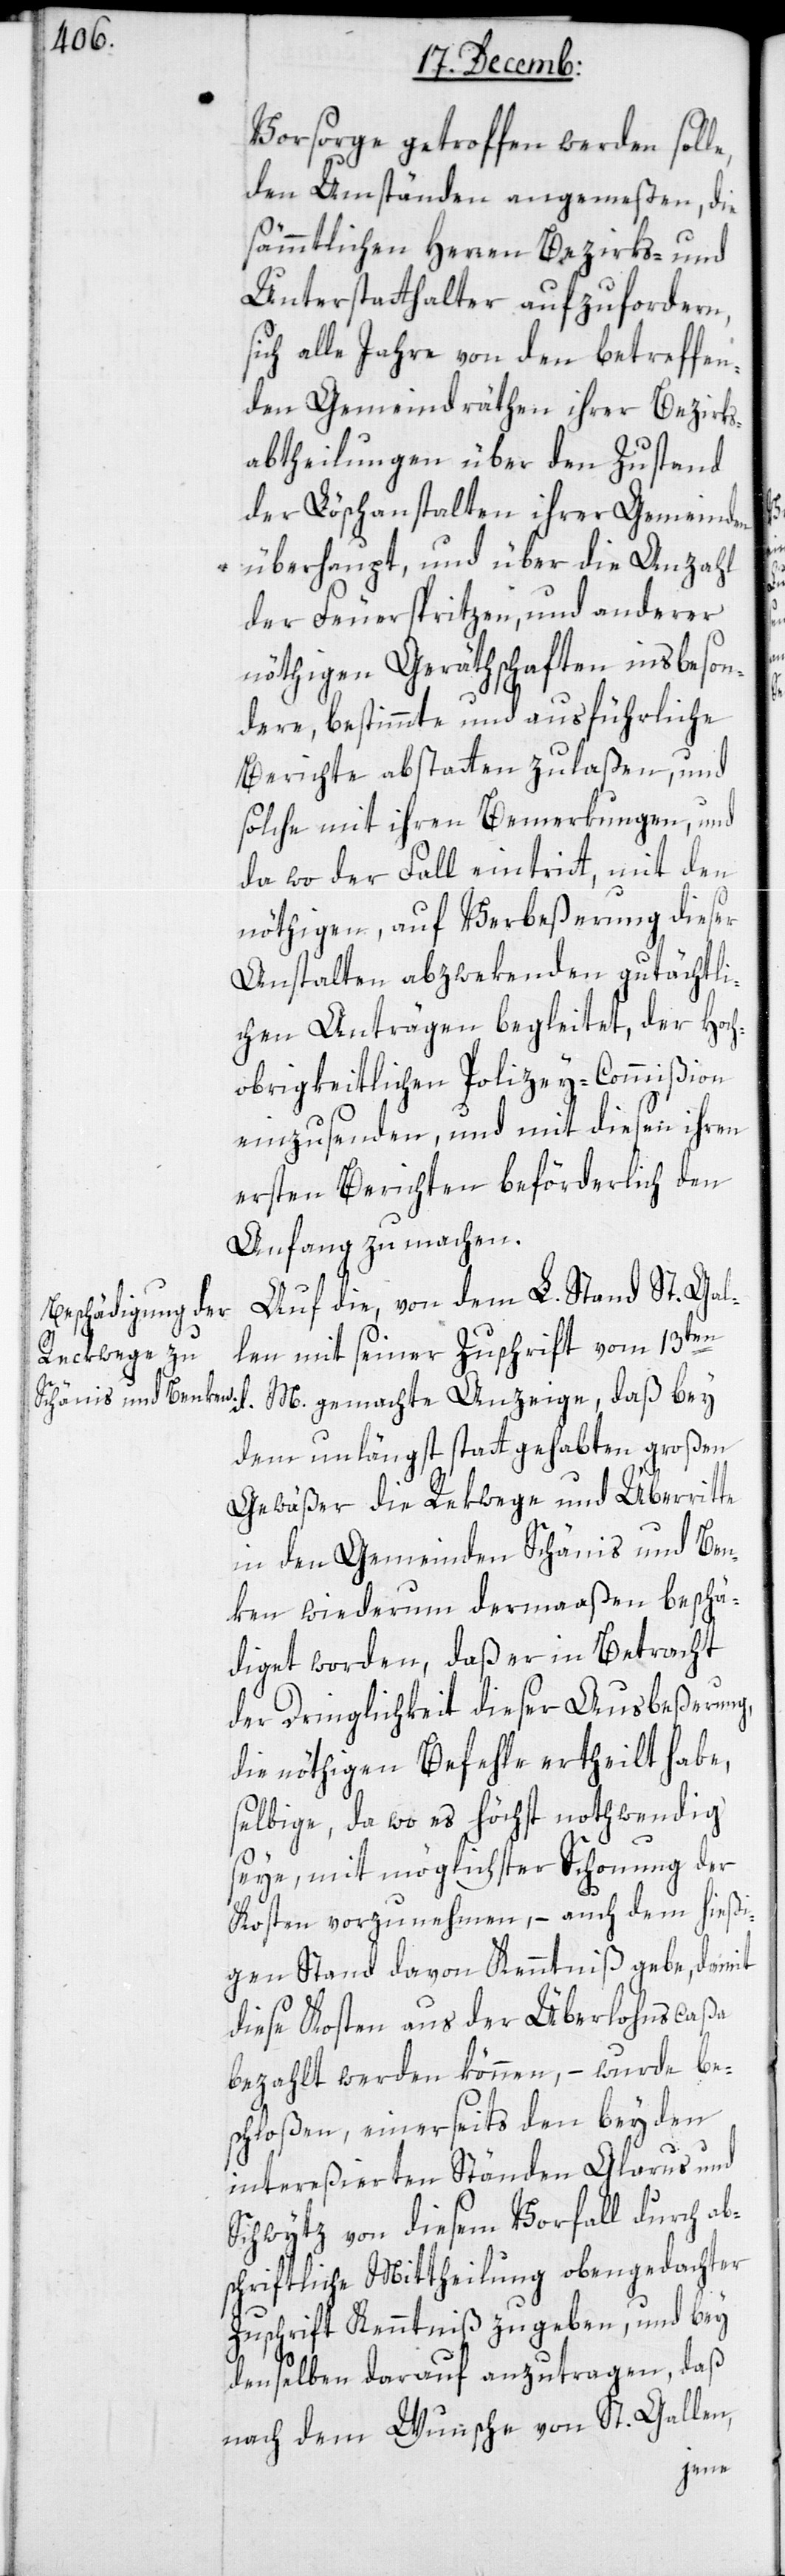
Vorsorge getroffen werden soll¬
den Umständen angemeßen, die
sämmtlichen Herren Bezirks- und
Unterstatthalter aufzufordern,
sich alle Jahre von den betreffen¬
den Gemeindräthen ihrer Bezirks¬
abtheilungen über den Zustand
der Löschanstalten ihrer Gemeinden
überhaupt, und über die Anzahl
der Feuerspritzen und anderer
nöthigen Geräthschaften, insbeson¬
dere bestimmte und ausführliche
Berichte abstatten zu laßen, und
solche mit ihren Bemerkungen und
da wo der Fall eintritt, mit den
nöthigen, auf Verbeßerung dieser
Anstalten abzwekenden gutächtli¬
chen Anträgen begleitet, der Hoch¬
obrigkeitlichen Polizey-Commißion
einzusenden, und mit diesen ihren
ersten Berichten beförderlich den
Anfang zu machen.
Auf die, von dem L. Stand St. Gal¬
len mit seiner Zuschrift vom 13ten
M. gemachte Anzeige, daß bey
dem unlängst statt gehabten großen
d.
Gewäßer die Rekwege und Überritte
in den Gemeinden Schänis und Ben¬
ken wieder dermaaßen beschä¬
diget worden, daß er in Betracht
der Dringlichkeit dieser Ausbeßerung,
die nöthigen Befehle ertheilt habe,
selbige, da wo es höchst nothwendig
seye, mit möglichster Schonung der
Kosten vorzunehmen, – auch dem hießi¬
gen Stand davon Kenntniß gebe, damit
diese Kosten aus der Überlohnscaßa
bezahlt werden können, – wurde be¬
schloßen, einerseits den beyden
intereßierten Ständen Glarus und
Schwytz von diesem Vorfall durch ab¬
schriftliche Mittheilung obengedachter
Zuschrift Kenntniß zu geben, und bey
denselben darauf anzutragen, daß
nach dem Wunsche von St. Gallen,